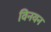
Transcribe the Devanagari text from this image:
विनयन